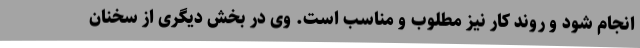
انجام شود و روند کار نیز مطلوب و مناسب است. وی در بخش دیگری از سخنان